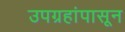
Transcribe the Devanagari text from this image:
उपग्रहांपासून